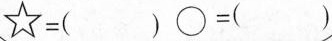
$$☆ = ( )$$ $$\circ = ( )$$